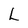
Character: L